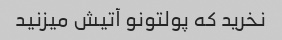
نخرید که پولتونو آتیش میزنید